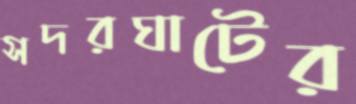
সদরঘাটের